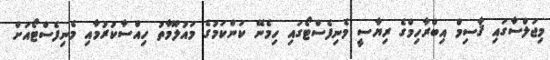
މިޖަލްސާގައި ޤާސިމް އިބްރާހިމްގެ ރިޔާސީ މެނިފެސްޓޯގައި ހިމެނޭ ކަންކަމުގެ މައުލޫމާތު ހިއްސާކުރުމާއި މެނިފެސްޓޯއަށް